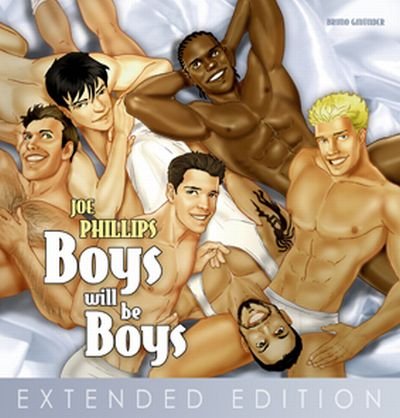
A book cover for Boys Will Be Boys - extended edition; Joe Phillips; Comics & Graphic Novels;